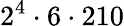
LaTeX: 2^{4}\cdot 6\cdot 210